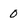
Character: 0